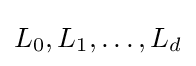
L_{0},L_{1},\ldots ,L_{d}